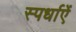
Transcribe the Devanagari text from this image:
स्पर्धाऐं